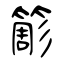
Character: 簓